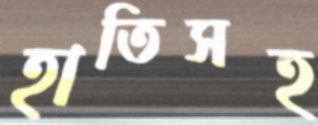
হাতিসহ